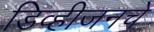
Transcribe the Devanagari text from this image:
डिव्हीजनचे